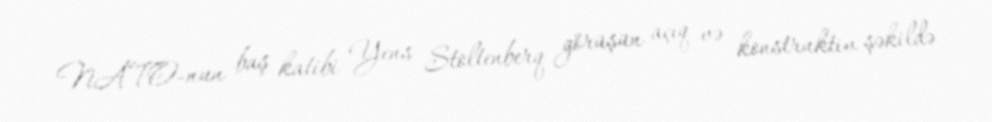
NATO-nun baş katibi Yens Stoltenberq görüşün açıq və konstruktiv şəkildə